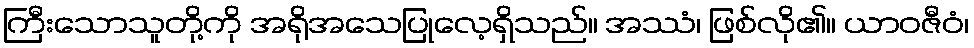
ကြီးသောသူတို့ကို အရိုအသေပြုလေ့ရှိသည်။ အဿံ၊ ဖြစ်လို၏။ ယာဝဇီဝံ၊